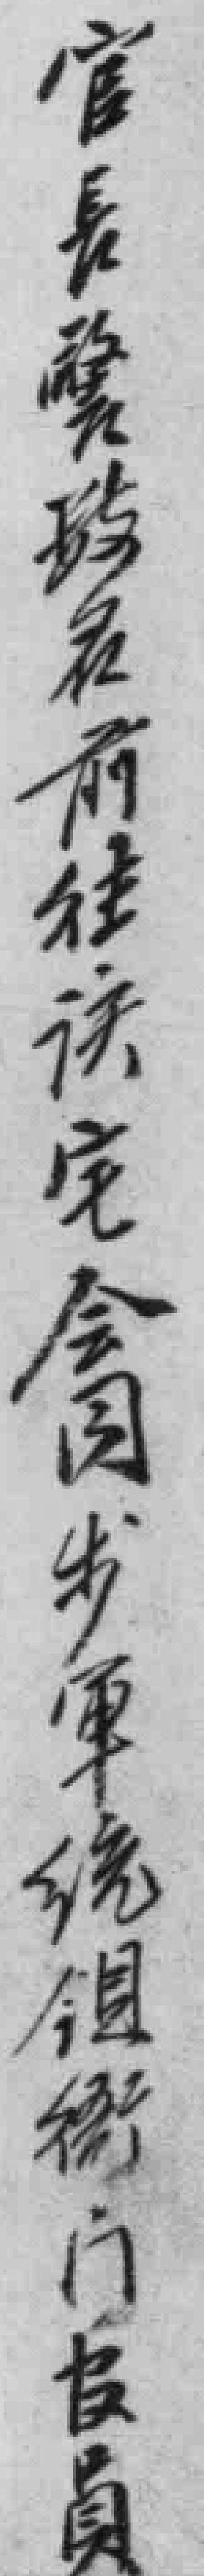
官長警*前往该宅会同步军统领衙门官员